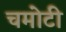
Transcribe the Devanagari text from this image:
चमोटी